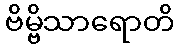
ဗိမ္ဗိသာရောတိ